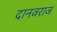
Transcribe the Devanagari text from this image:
दानवराज